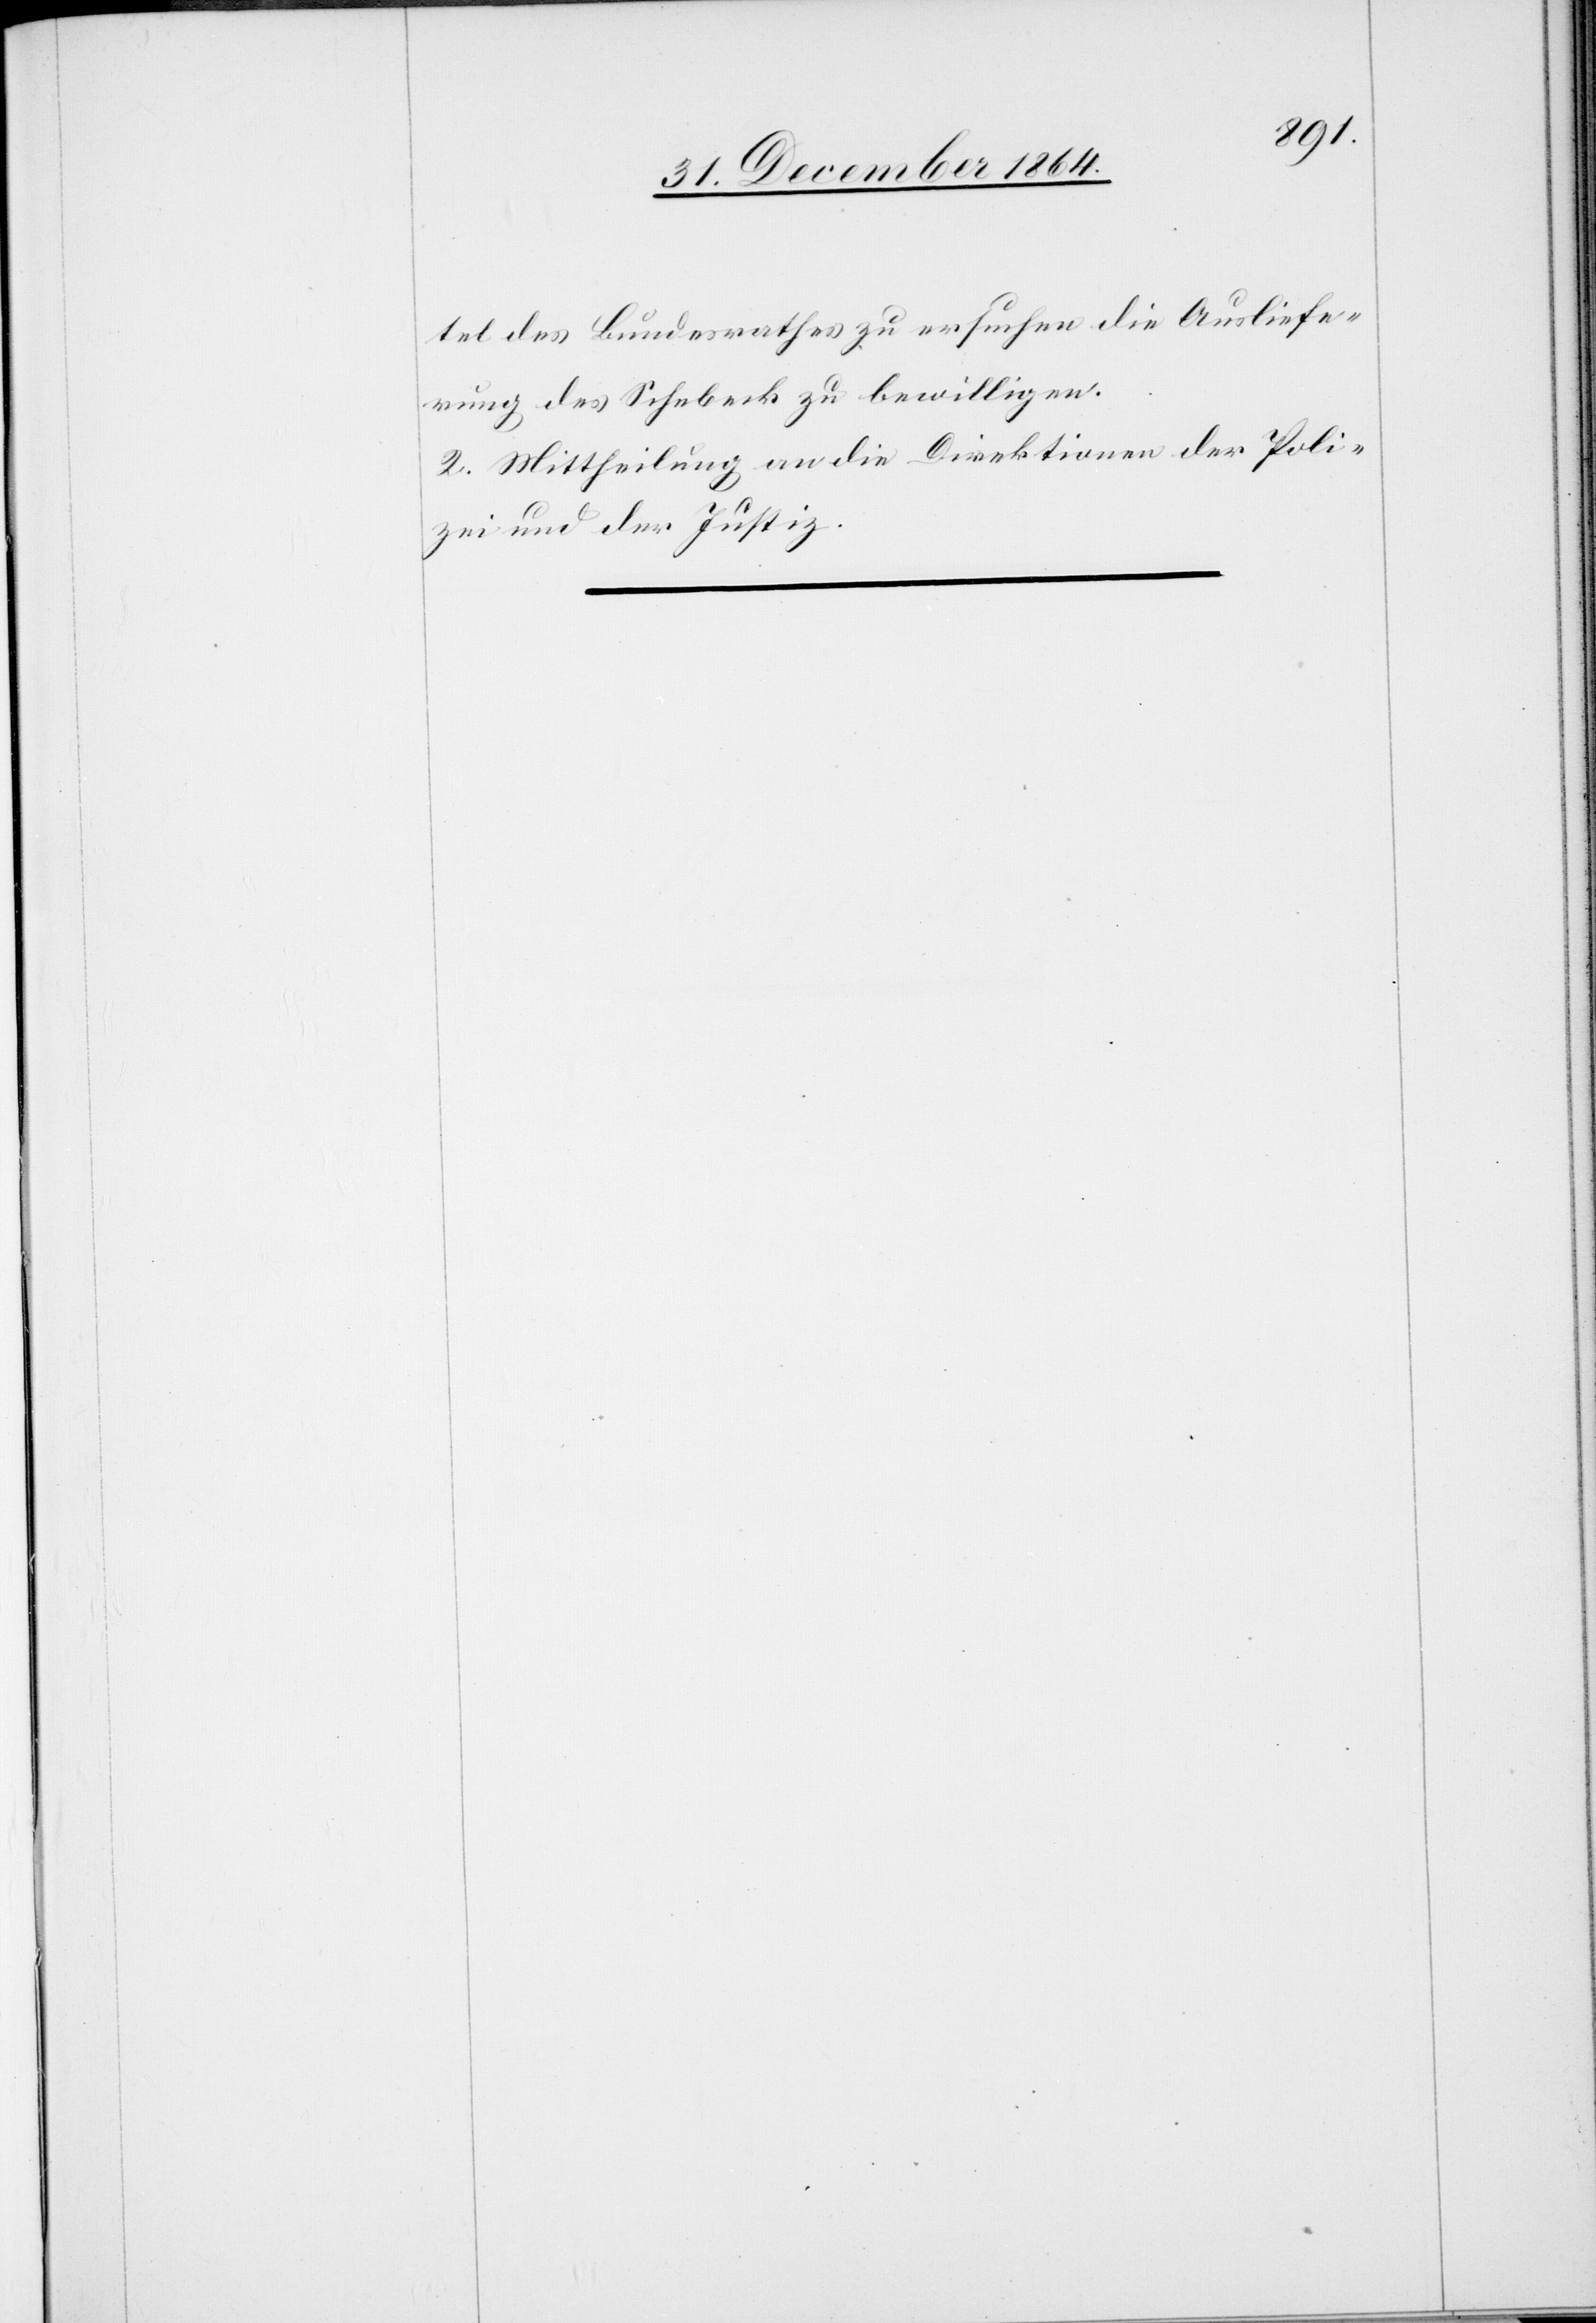
tel des Bundesrathes zu ersuchen[,] die Ausliefe¬
rung des Schebeck zu bewilligen.
2. Mittheilung an die Direktionen der Poli¬
zei und der Justiz.